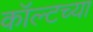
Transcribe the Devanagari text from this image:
कॉल्टच्या